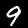
Digit: 9